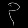
Digit: ၃